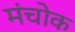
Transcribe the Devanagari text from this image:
मंचोक